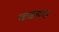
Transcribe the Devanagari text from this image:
कन्नडदा